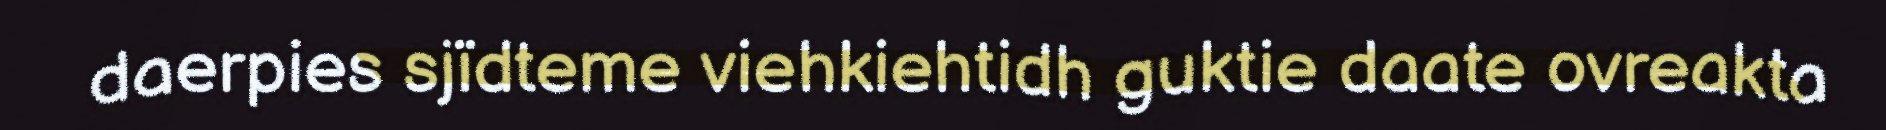
daerpies sjïdteme viehkiehtidh guktie daate ovreakta